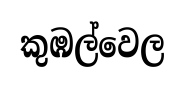
කුඹල්වෙල